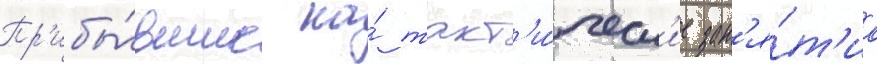
Пр'ибы́вшие на́ такт'и́ческ'ие зан'я́т'иа